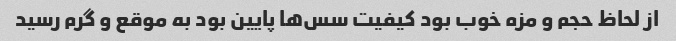
از لحاظ حجم و مزه خوب بود کیفیت سس‌ها پایین بود به موقع و گرم رسید